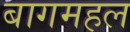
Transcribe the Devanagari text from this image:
बागमहल